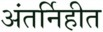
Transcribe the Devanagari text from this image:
अंतर्निहीत